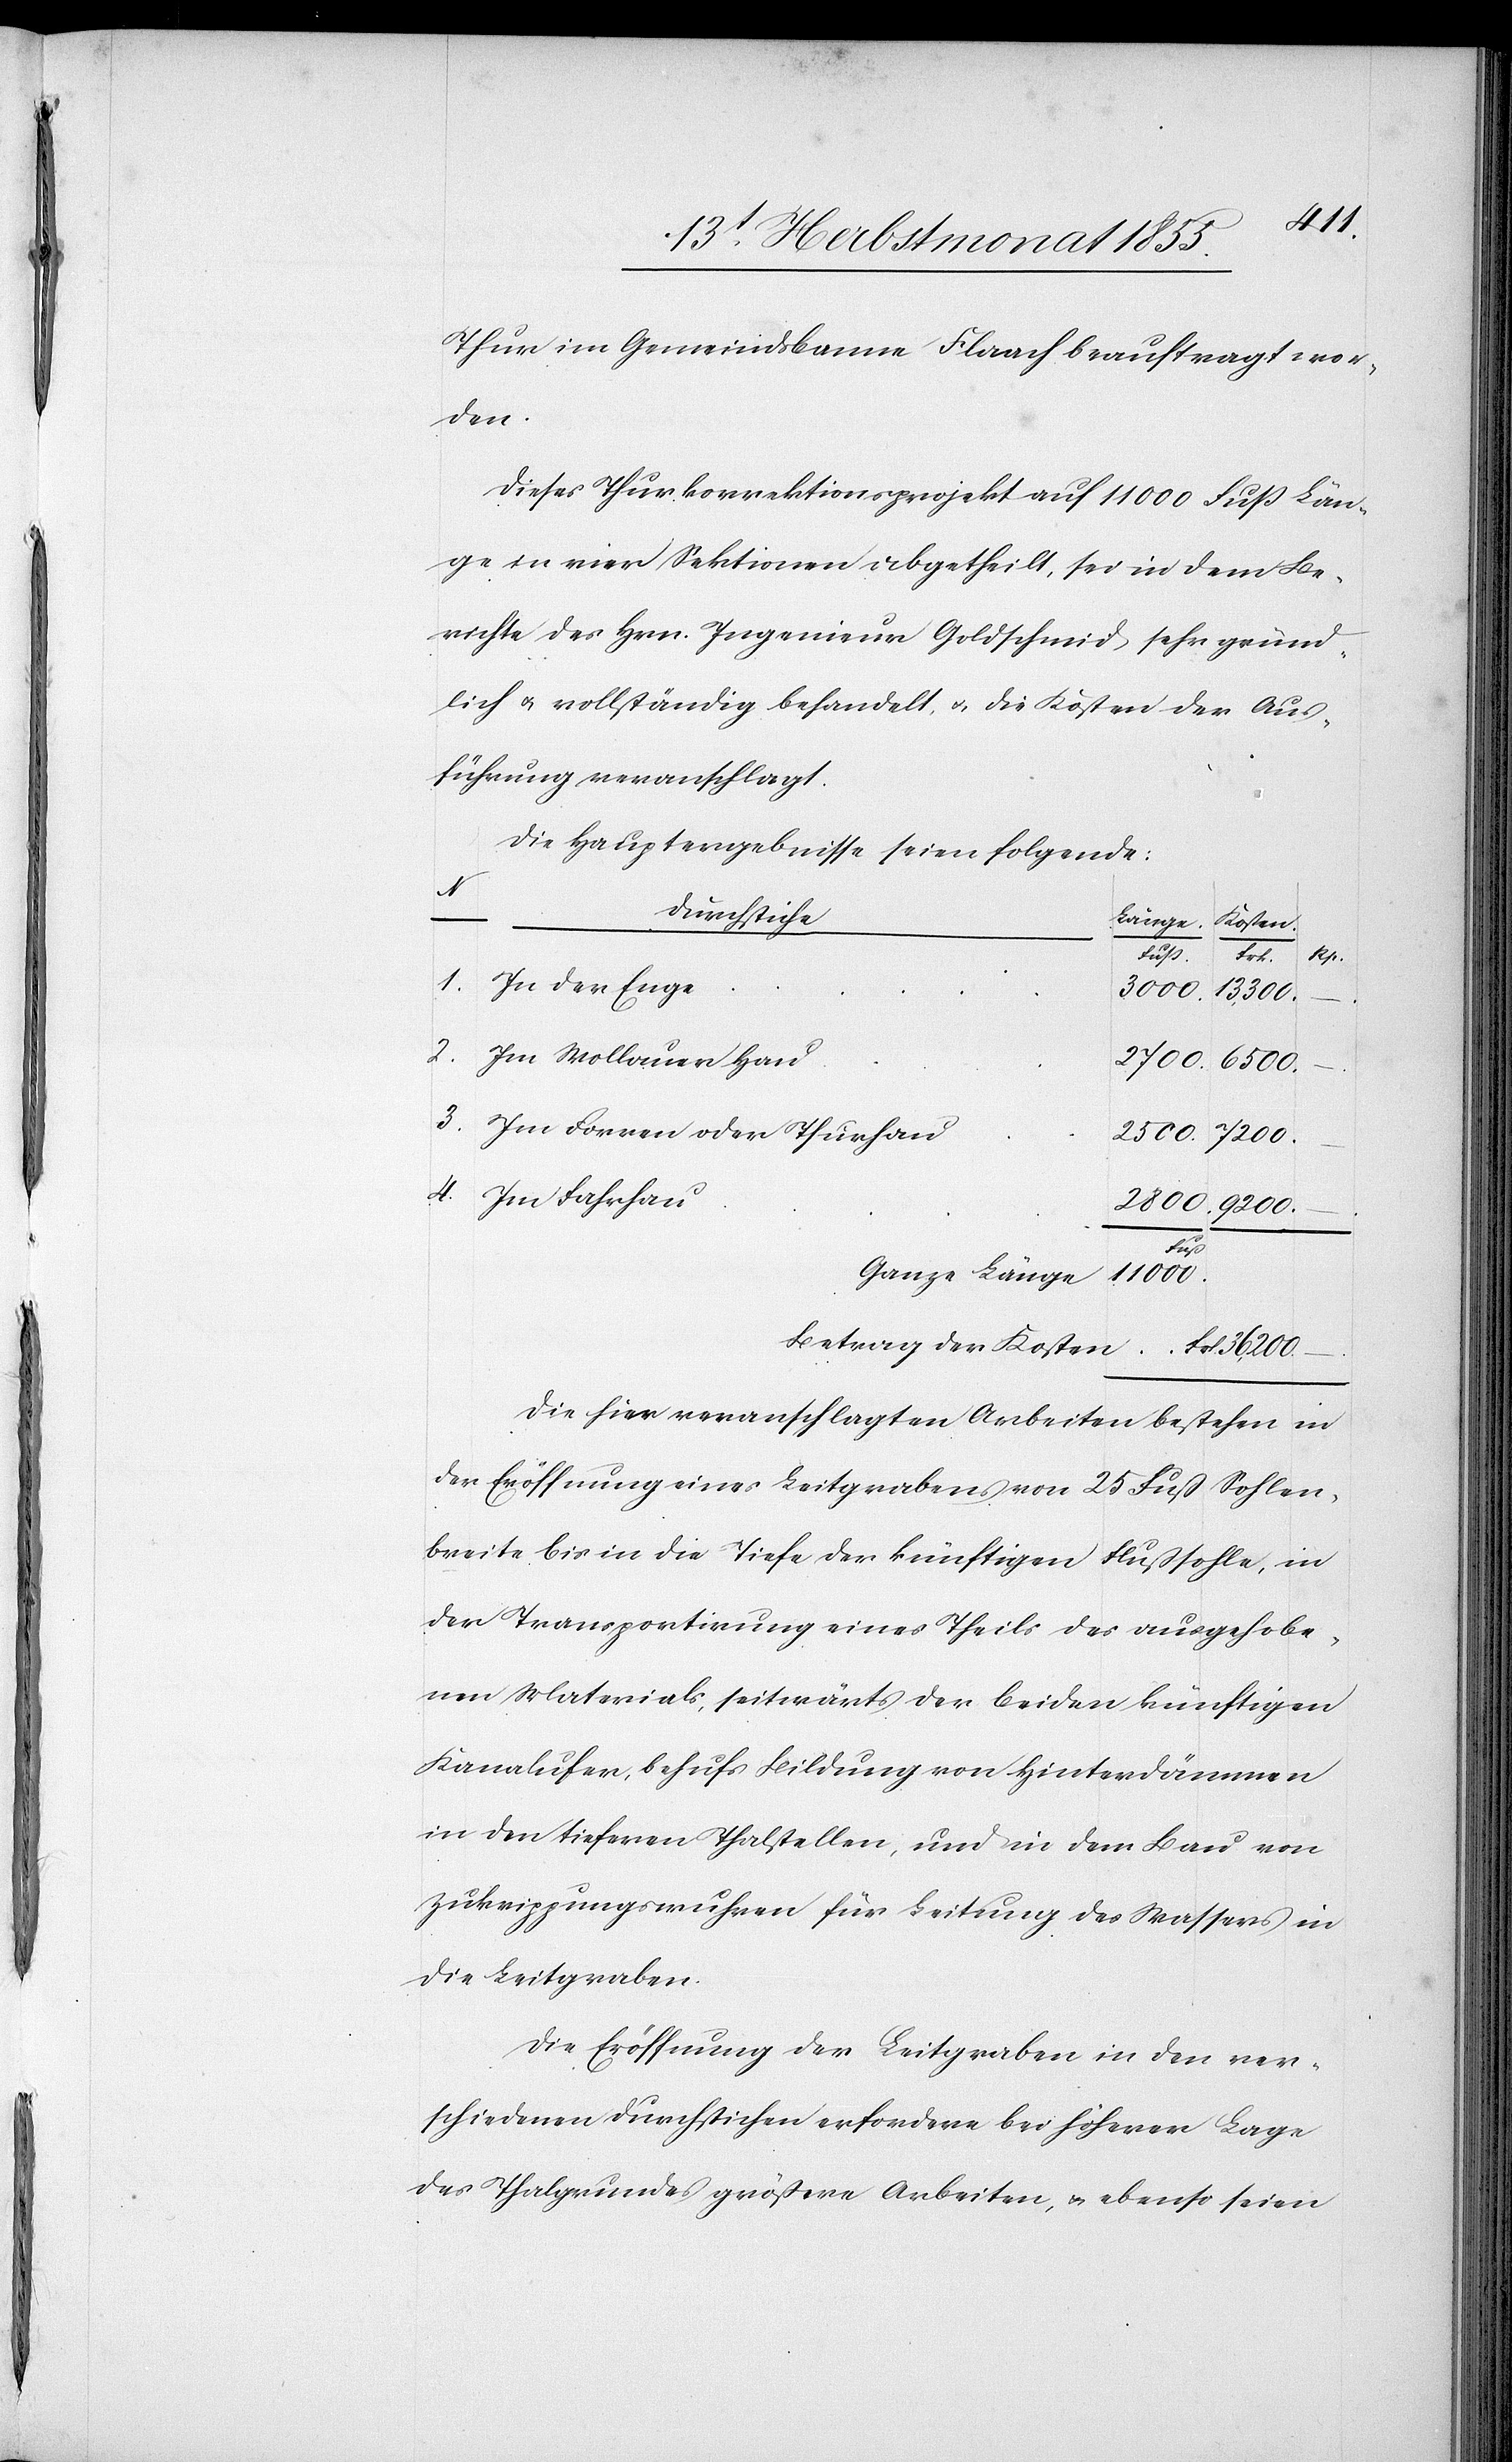
11
Thur im Gemeindsbanne Flaach beauftragt wor¬
den.
Dieses Thurkorrektionsprojekt auf 11 000 Fuß Län¬
ge in vier Sektionen abgetheilt, sei in dem Be¬
richte des Hrn. Ingenieur Goldschmid sehr gründ¬
lich & vollständig behandelt, & die Kosten der Aus¬
führung veranschlagt.
Die Hauptergebnisse seien folgende:
4.
Durchstiche
Kosten
Im Wollauer Hau
Im Forren oder Thurhau
Im Fahrhau
–.
Die hier veranschlagten Arbeiten bestehen in
der Eröffnung eines Leitgrabens von 25 Fuß Sohlen¬
breite bis in die Tiefe der künftigen Flußsohle, in
der Transportirung eines Theils des ausgehobe¬
nen Materials, seitwärts der beiden künftigen
Kanalufer, behufs Bildung von Hinterdämmen
in den tieferen Thalstellen, und in dem Bau von
Zukrippungswuhren für Leitung des Wassers in
die Leitgraben.
Die Eröffnung der Leitgraben in den ver¬
schiedenen Durchstichen erfordere bei höherer Lage
des Thalgrundes größere Arbeiten, & ebenso seien